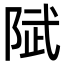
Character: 陚